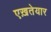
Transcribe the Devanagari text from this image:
एख़तेयार